Annual report of the Civil Veterinary Department, Bengal, and of the Bengal Veterinary College for the year 1906-1907 - 1906-1907
Year: 1906
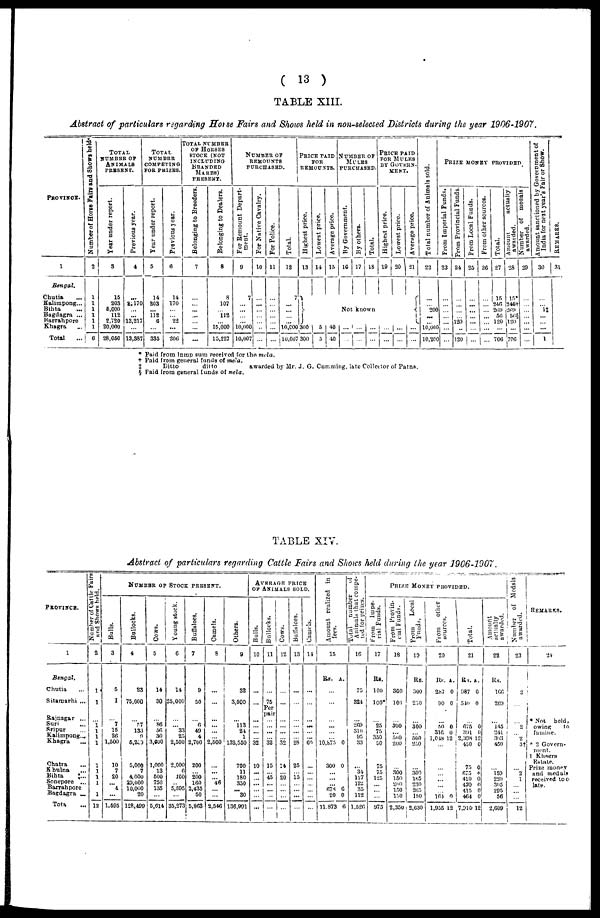
(13)
TABLE XIII.
Abstract of particulars regarding Horse Fairs and Shows held in non-selected Districts during the year 1906-1907.
PROVINCE.
1
Bengal.
Chutia
...
Kalimpong...
Bihta ...
Bagdagra ...
Barrahpore
Khagra ...
Total
...
Number of Horse Fairs and Shows held.
2
1
1
1
1
1
1
6
TOTAL
NUMBER of
ANIMALS
PRESENT.
Year under report.
3
15
203
5,000
112
2,720
20,000
28,050
Previous year.
4
...
2,170
...
...
13,217
...
13,887
TOTAL
NUMBER
COMPETING
FOE PRIZES.
Year
under report.
5
14
203
...
112
6
335
Previous year.
6
14
170
...
... 22
...
206
TOTAL NUMBER
OF HORSES
STOCK (NOT
INCLUDING
BRANDED
MARES)
PRESENT.
Belonging to Breeders.
7
...
...
...
...
...
...
...
Belonging to Dealers.
8
8
107
... 112
...
15,000
15,227
NUMBER OF
REMOUNTS
PURCHASED.
For Remount Depart-
ment.
9
7
...
...
... ...
10,000
10,007
For Native Cavalry.
10
...
...
...
...
...
...
...
For Police.
11
...
...
...
...
...
...
...
Total.
12
7
...
...
... ...
10,000
10,007
Price paid
FOR
REMOUNTS.
Highest price.
13
300
300
Lowest price.
14
5
5
Average price.
15
40
40
NUMBER OF
MULES
PURCHASED.
By Government.
16
By others.
17
Total.
18
Not known
...
...
...
...
...
...
PRICE PAID
FOR MULES
BUY GOVERN-
MENT.
Highest price.
19
...
...
Lowest price.
20
...
...
Average price.
21
...
...
Total
number of Animals sold.
22
...
... 200
... ...
10,00c
10,20c
PRIZE MONEY PROVIDED.
From Imperial Funds.
23
...
...
...
...
...
...
...
From Provincial Funds.
24
...
...
...
... 120
...
120
From Local Funds.
25
...
...
...
...
...
...
...
From other sources.
26
...
...
...
...
...
...
...
Total.
27
15
240
269
50
120
...
700
Amount
actually
awarded.
28
15*
2461
269
50§
120
...
706
Number of medals
awarded.
29
...
...
...
...
...
...
...
Amount sanctioned by Government of
India for next year's Fair or Show.
30
...
...
1‡
...
... ...
1
REMARKS.
31
* Paid from lump sum received for the mela.
† Paid from general funds of mela.
‡
Ditto
ditto
awarded by Mr. J. G. Cumming, late Collector of Patna.
§ Paid from general funds of mela.
TABLE XIV.
Abstract of particulars regarding Cattle Fairs and Shows held during the pear 1906-1907.
PROVINCE.
1
Bengal.
Chutia ...
Sitamarhi ...
Rajnagar ...
Suri
...
Sripur ...
Kalimpong...
Khagra
...
Chatra ...
Khulna
...
Bihta
...
Sonepore ...
Barrahpore
Bagdagra ...
Tota ...
Number of Cattle Fair
and Shows held.
2
1
1
...
1
1
1
1
1
1
1
1
1
12
NUMBER OF STOCK PRESENT.
Bulls.
3
5
I
...
7
15
26
1,500
10
7
20
... 4
...
1.595
Bullocks.
4
23
75,000
...
57
133
9
6,20
5,000
7
4,000
29,000
10,000
20
128,499
Cows.
5
14
30
...
86
56
30
3,000
1,000
13
600
750
135
...
5,614
Young stock.
6
14
25,000
...
... 33
25
2,500
2,000
6
100
5,595
...
35,273
Buffaloes.
7
9
50
...
6
49
4
2,700
200
...
200
160
2,435
50
5,863
Camels.
8
...
...
...
...
...
... 2,500
...
...
... 46
...
...
2,546
Others.
9
32
3,000
...
113
24
1
132,550
700
11
180
330
... 30
136,991
AVERAGE PRICE
OF ANIMALS SOLD.
Bulls.
10
...
...
...
...
...
... 32
10
...
...
...
...
...
...
Bullocks.
11
...
75
pair
...
...
...
... 32
15
45
...
...
...
...
Cows.
12
...
...
...
...
...
... 32
14
... 20
...
...
...
Buffaloes.
13
...
...
...
...
...
... 28
25
...
15
...
...
...
...
Camels.
14
...
...
...
...
...
...
60
...
...
...
...
...
...
...
Amount realized in
fees.
15
Rs. A.
...
...
...
...
...
... 10,875 0
300 0
...
...
...
678 6
20 0
11,873 6
Total number of
Animals thate compe-
ted for prizes.
16
75
324
...
269
310
95
33
...
34
117
122
35
112
1,526
PRIZE MONEY PROVIDED.
From Impe-
rial Funds.
17
Rs.
100
100*
...
25
75
350
50
75
75
125
... ...
...
975
From Provin-
cial Funds.
18
300
100
...
300
...
500
200
...
300
150
200
150
150
2,350
From Local
Funds.
19
Rs.
300
250
...
300
... 500
250
...
...
300
185
230
205
150
2,630
From other
sources.
20
Rs. A.
287 0
90 0
...
50 0
316 0
1,048 12
450 0
...
...
...
...
... 164 0
1,955 12
Total.
21
Rs. A.
987 0
510 0
...
675 0
391 0
2,398 12
450 0
75 0
675 0
410 0
430 0
415 0
464 0
7,910 12
Amount
actually
awarded.
22
Rs.
166
269
...
145
241
303
450
...
159
220
305
295
56
2,609
Number of Medals
awarded.
23
2
...
...
2
... 2
3†
...
2
1
...
...
...
12
REMARKS.
24
Not
hold.
owing
to
I famine.
† 2 Govern-
ment.
1 Khagra
Estate.
Prize money
and medals
received too